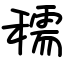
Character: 穤